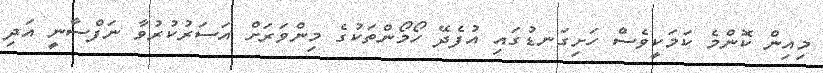
މިއިން ކޮންމެ ކަމަކީވެސް ހަށިގަނޑުގައި އުފެދޭ ހޯމޯންތަކުގެ މިންވަރަށް އަސަރުކުރުވާ ނަފްސާނީ އަދި